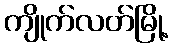
ကျိုက်လတ်မြို့